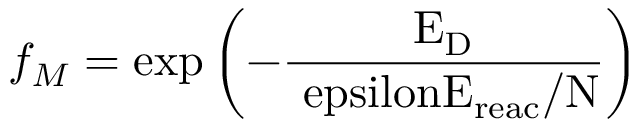
f _ { M } = \mathrm { { e x p } \left( - \frac { E _ { \mathrm { { D } } } } { \ e p s i l o n E _ { \mathrm { { r e a c } } } / N } \right) }